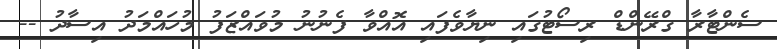
ސެންޓާރާ ގްރޭންޑް ރިސޯޓުގައި ނިޔާވެފައި އޮއްވާ ފެނުނު މުވައްޒަފު މުހައްމަަދު އިސާދު --